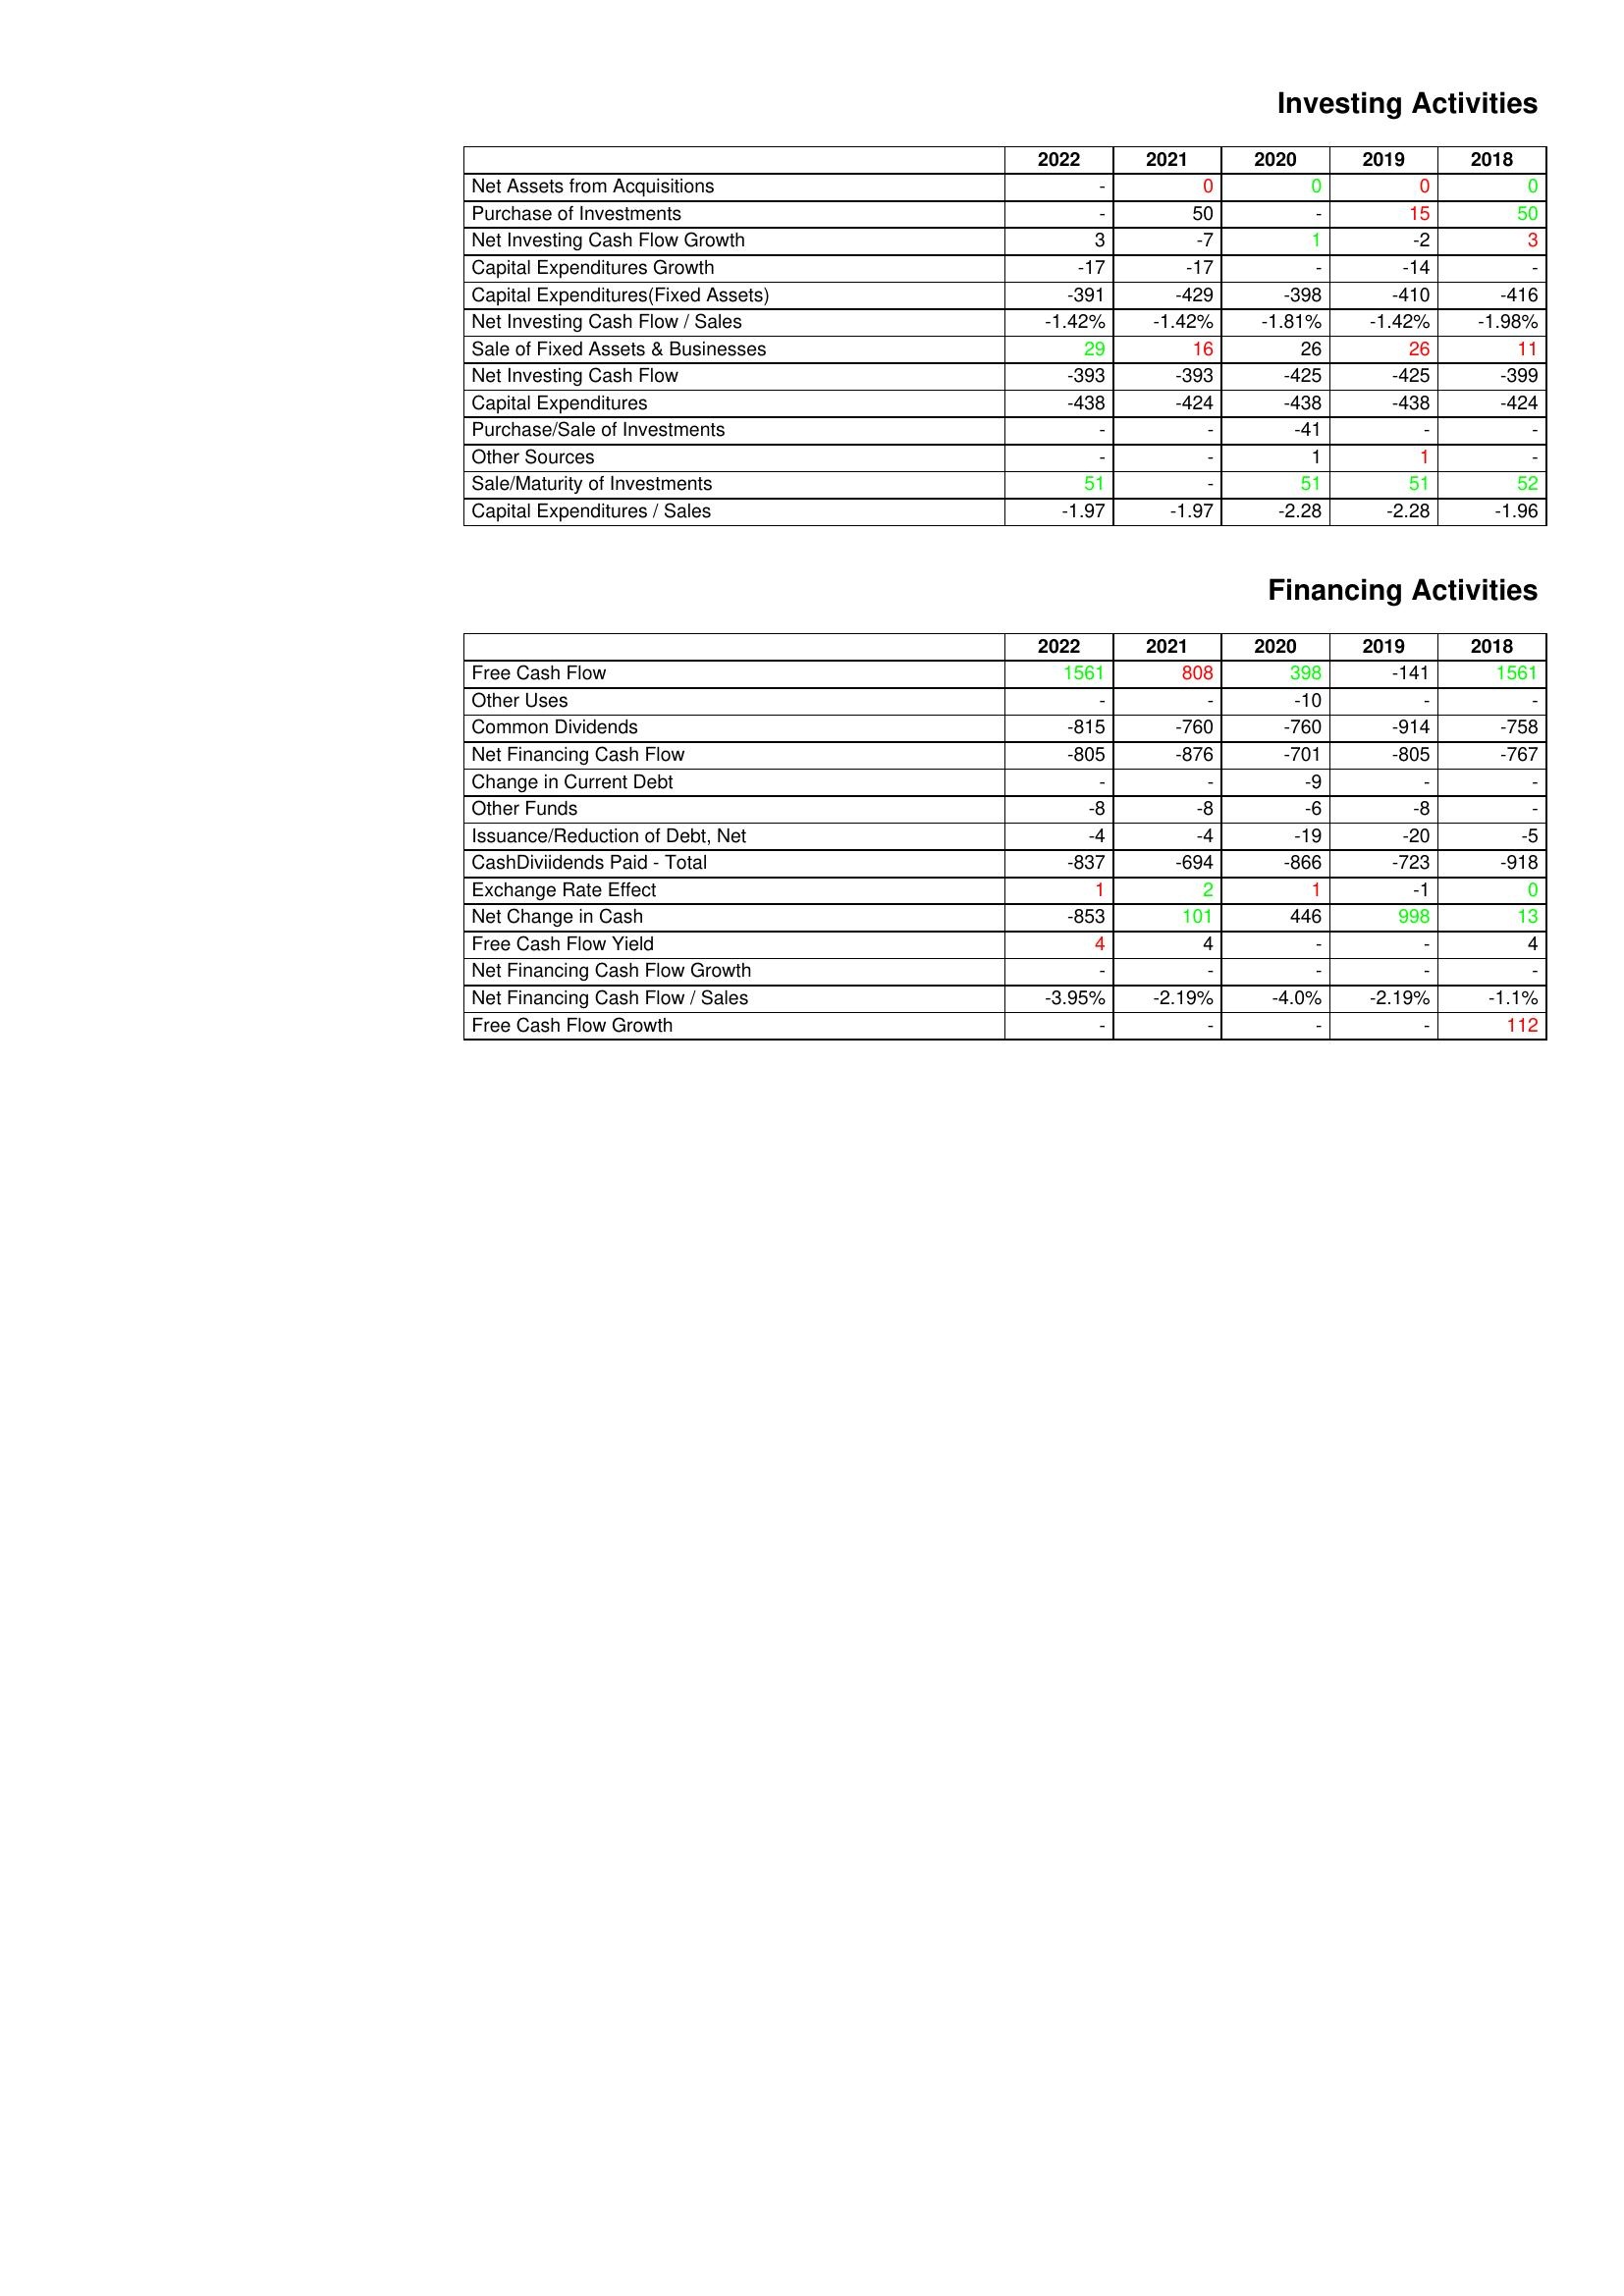
gt_parse: 2022: Investing Activities: Net Assets from Acquisitions: -
Purchase of Investments: -
Net Investing Cash Flow Growth: 3
Capital Expenditures Growth: -17
Capital Expenditures(Fixed Assets): -391
Net Investing Cash Flow / Sales: -1.42%
Sale of Fixed Assets & Businesses: 29
Net Investing Cash Flow: -393
Capital Expenditures: -438
Purchase/Sale of Investments: -
Other Sources: -
Sale/Maturity of Investments: 51
Capital Expenditures / Sales: -1.97
Financing Activities: Free Cash Flow: 1561
Other Uses: -
Common Dividends: -815
Net Financing Cash Flow: -805
Change in Current Debt: -
Other Funds: -8
Issuance/Reduction of Debt, Net: -4
CashDiviidends Paid - Total: -837
Exchange Rate Effect: 1
Net Change in Cash: -853
Free Cash Flow Yield: 4
Net Financing Cash Flow Growth: -
Net Financing Cash Flow / Sales: -3.95%
Free Cash Flow Growth: -
2021: Investing Activities: Net Assets from Acquisitions: 0
Purchase of Investments: 50
Net Investing Cash Flow Growth: -7
Capital Expenditures Growth: -17
Capital Expenditures(Fixed Assets): -429
Net Investing Cash Flow / Sales: -1.42%
Sale of Fixed Assets & Businesses: 16
Net Investing Cash Flow: -393
Capital Expenditures: -424
Purchase/Sale of Investments: -
Other Sources: -
Sale/Maturity of Investments: -
Capital Expenditures / Sales: -1.97
Financing Activities: Free Cash Flow: 808
Other Uses: -
Common Dividends: -760
Net Financing Cash Flow: -876
Change in Current Debt: -
Other Funds: -8
Issuance/Reduction of Debt, Net: -4
CashDiviidends Paid - Total: -694
Exchange Rate Effect: 2
Net Change in Cash: 101
Free Cash Flow Yield: 4
Net Financing Cash Flow Growth: -
Net Financing Cash Flow / Sales: -2.19%
Free Cash Flow Growth: -
2020: Investing Activities: Net Assets from Acquisitions: 0
Purchase of Investments: -
Net Investing Cash Flow Growth: 1
Capital Expenditures Growth: -
Capital Expenditures(Fixed Assets): -398
Net Investing Cash Flow / Sales: -1.81%
Sale of Fixed Assets & Businesses: 26
Net Investing Cash Flow: -425
Capital Expenditures: -438
Purchase/Sale of Investments: -41
Other Sources: 1
Sale/Maturity of Investments: 51
Capital Expenditures / Sales: -2.28
Financing Activities: Free Cash Flow: 398
Other Uses: -10
Common Dividends: -760
Net Financing Cash Flow: -701
Change in Current Debt: -9
Other Funds: -6
Issuance/Reduction of Debt, Net: -19
CashDiviidends Paid - Total: -866
Exchange Rate Effect: 1
Net Change in Cash: 446
Free Cash Flow Yield: -
Net Financing Cash Flow Growth: -
Net Financing Cash Flow / Sales: -4.0%
Free Cash Flow Growth: -
2019: Investing Activities: Net Assets from Acquisitions: 0
Purchase of Investments: 15
Net Investing Cash Flow Growth: -2
Capital Expenditures Growth: -14
Capital Expenditures(Fixed Assets): -410
Net Investing Cash Flow / Sales: -1.42%
Sale of Fixed Assets & Businesses: 26
Net Investing Cash Flow: -425
Capital Expenditures: -438
Purchase/Sale of Investments: -
Other Sources: 1
Sale/Maturity of Investments: 51
Capital Expenditures / Sales: -2.28
Financing Activities: Free Cash Flow: -141
Other Uses: -
Common Dividends: -914
Net Financing Cash Flow: -805
Change in Current Debt: -
Other Funds: -8
Issuance/Reduction of Debt, Net: -20
CashDiviidends Paid - Total: -723
Exchange Rate Effect: -1
Net Change in Cash: 998
Free Cash Flow Yield: -
Net Financing Cash Flow Growth: -
Net Financing Cash Flow / Sales: -2.19%
Free Cash Flow Growth: -
2018: Investing Activities: Net Assets from Acquisitions: 0
Purchase of Investments: 50
Net Investing Cash Flow Growth: 3
Capital Expenditures Growth: -
Capital Expenditures(Fixed Assets): -416
Net Investing Cash Flow / Sales: -1.98%
Sale of Fixed Assets & Businesses: 11
Net Investing Cash Flow: -399
Capital Expenditures: -424
Purchase/Sale of Investments: -
Other Sources: -
Sale/Maturity of Investments: 52
Capital Expenditures / Sales: -1.96
Financing Activities: Free Cash Flow: 1561
Other Uses: -
Common Dividends: -758
Net Financing Cash Flow: -767
Change in Current Debt: -
Other Funds: -
Issuance/Reduction of Debt, Net: -5
CashDiviidends Paid - Total: -918
Exchange Rate Effect: 0
Net Change in Cash: 13
Free Cash Flow Yield: 4
Net Financing Cash Flow Growth: -
Net Financing Cash Flow / Sales: -1.1%
Free Cash Flow Growth: 112